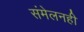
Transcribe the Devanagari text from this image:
संमेलनही